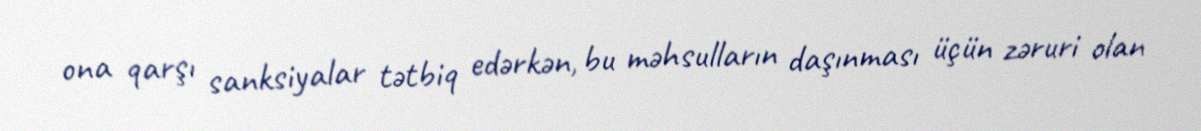
ona qarşı sanksiyalar tətbiq edərkən, bu məhsulların daşınması üçün zəruri olan